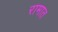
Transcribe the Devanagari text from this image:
रामात